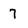
Character: 7